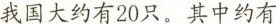
我国大约有20只。其中约有